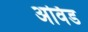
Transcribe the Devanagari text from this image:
अर्विड